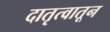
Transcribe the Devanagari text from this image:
दातृत्वातून